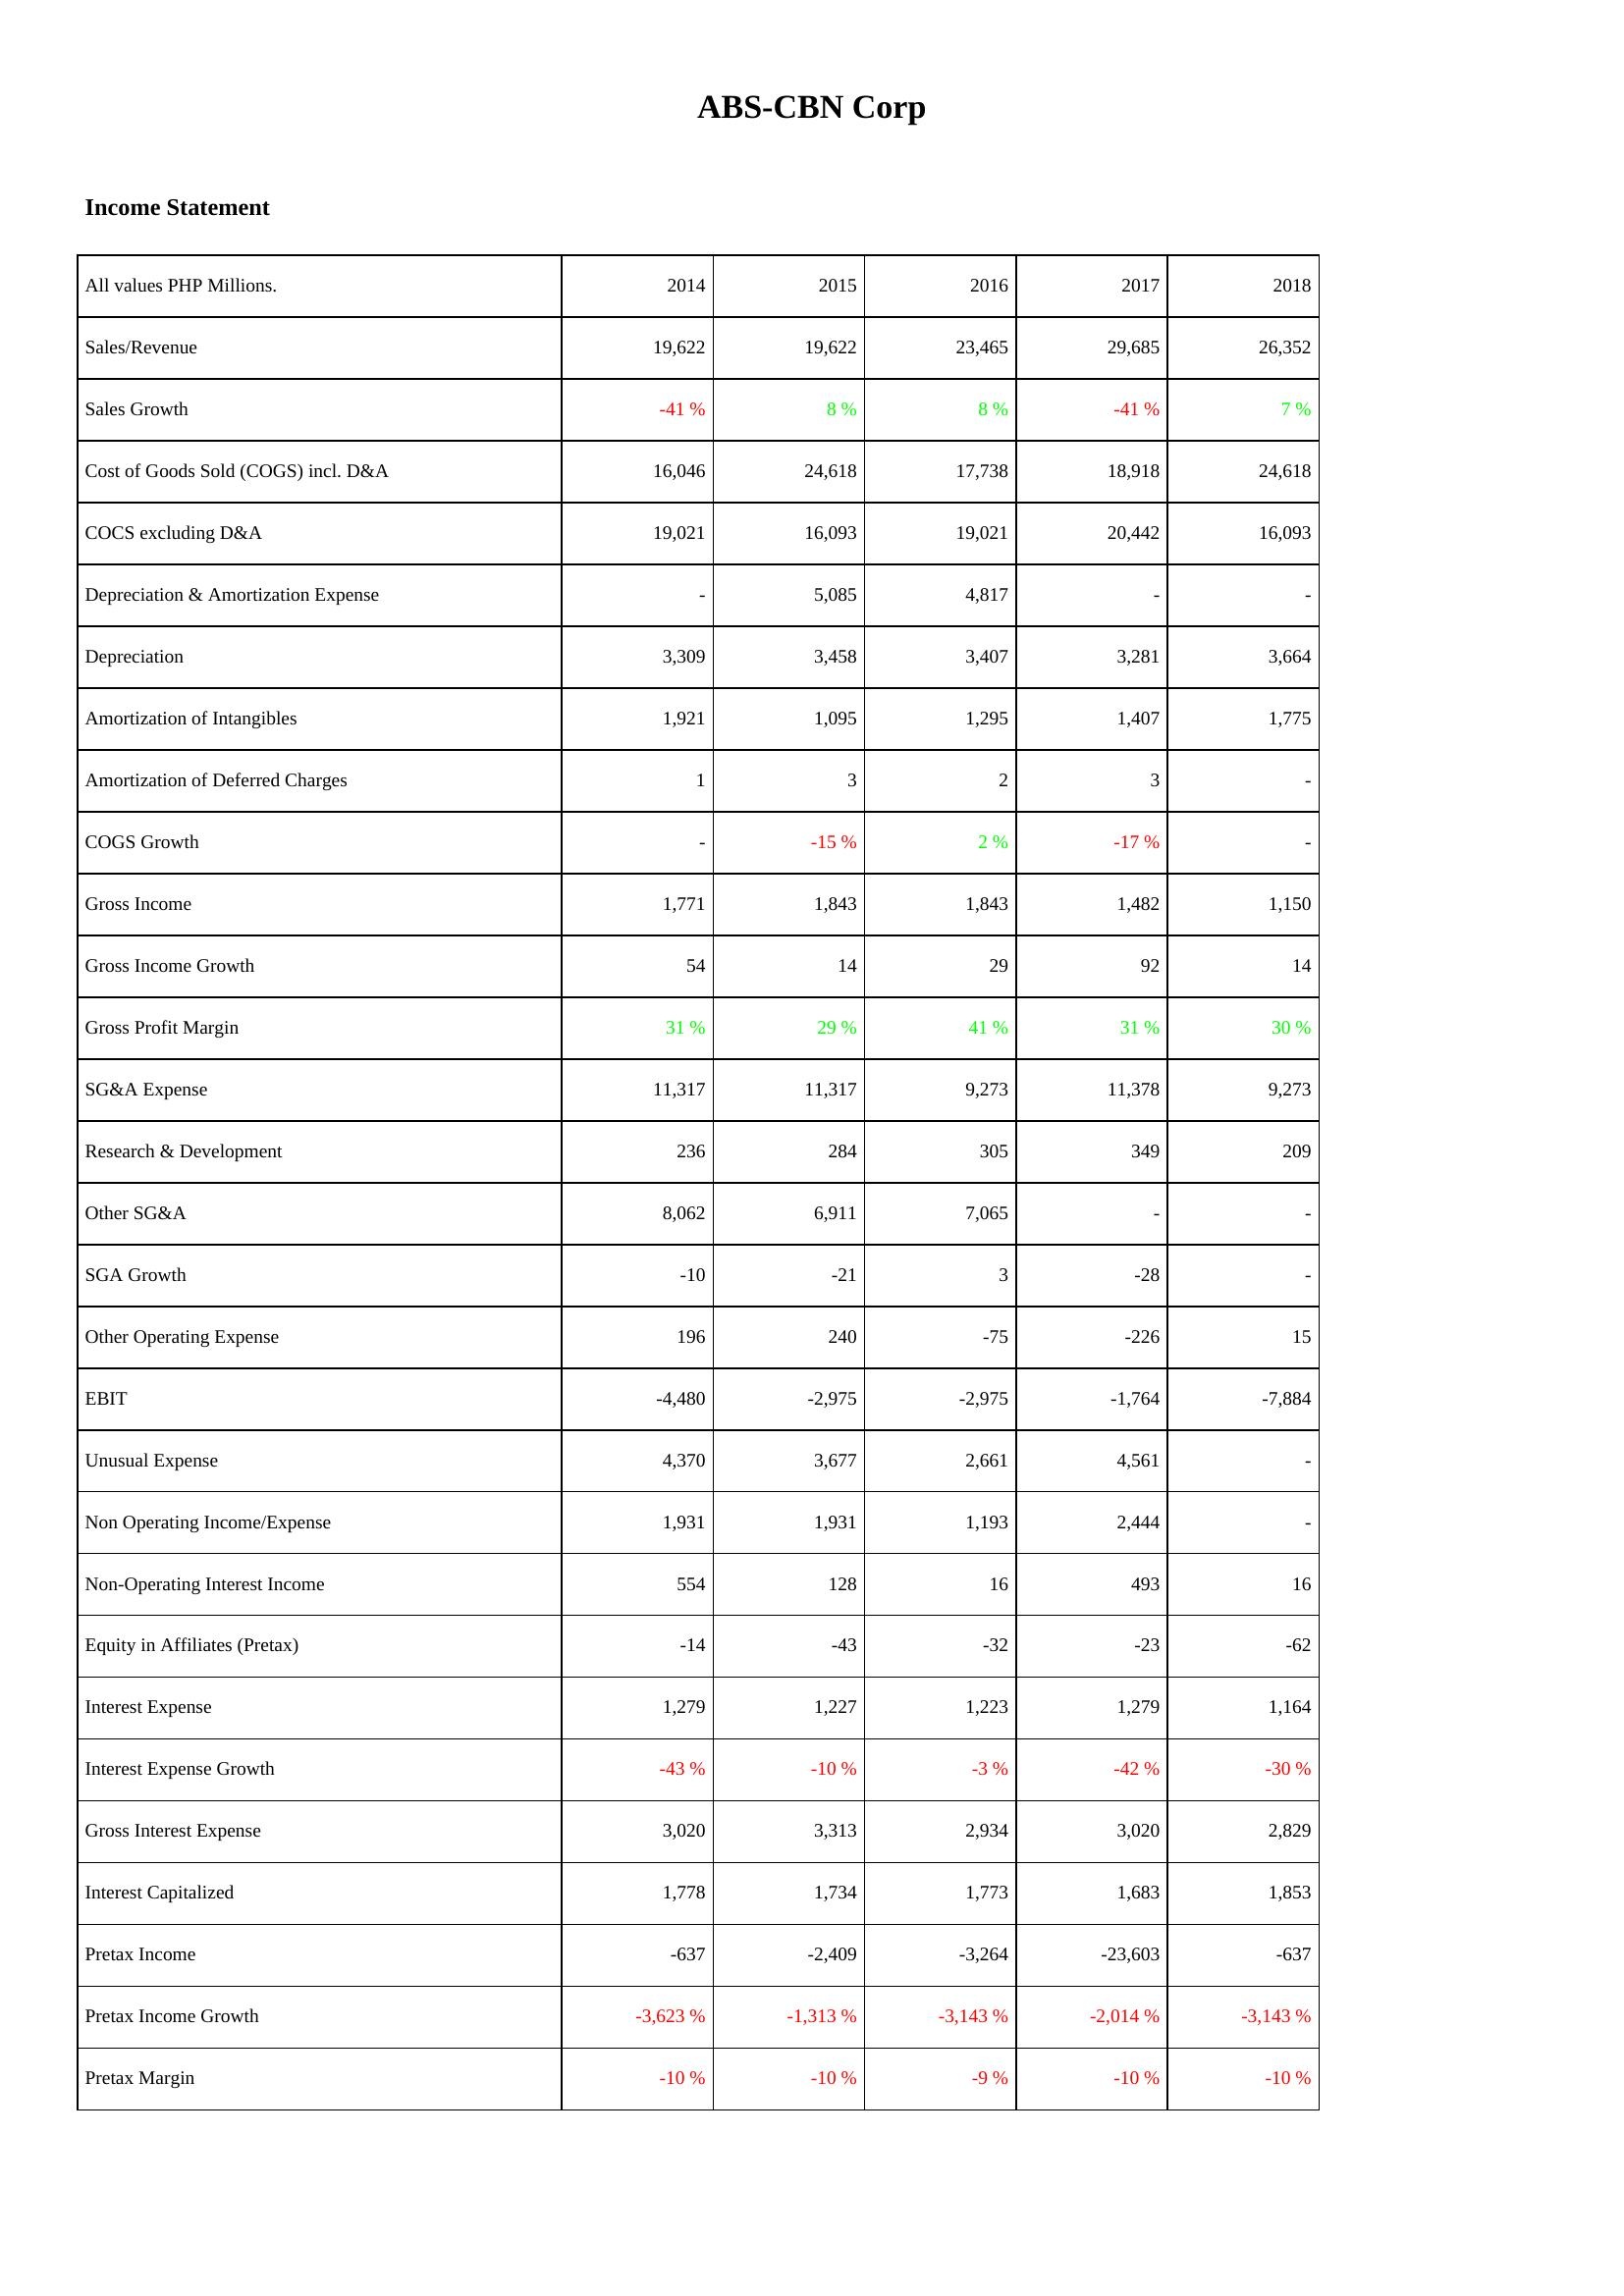
2014: Income Statement: Sales/Revenue: 19,622
Sales Growth: -41 %
Cost of Goods Sold (COGS) incl. D&A: 16,046
COCS excluding D&A: 19,021
Depreciation & Amortization Expense: -
Depreciation: 3,309
Amortization of Intangibles: 1,921
Amortization of Deferred Charges: 1
COGS Growth: -
Gross Income: 1,771
Gross Income Growth: 54
Gross Profit Margin: 31 %
SG&A Expense: 11,317
Research & Development: 236
Other SG&A: 8,062
SGA Growth: -10
Other Operating Expense: 196
EBIT: -4,480
Unusual Expense: 4,370
Non Operating Income/Expense: 1,931
Non-Operating Interest Income: 554
Equity in Affiliates (Pretax): -14
Interest Expense: 1,279
Interest Expense Growth: -43 %
Gross Interest Expense: 3,020
Interest Capitalized: 1,778
Pretax Income: -637
Pretax Income Growth: -3,623 %
Pretax Margin: -10 %
2015: Income Statement: Sales/Revenue: 19,622
Sales Growth: 8 %
Cost of Goods Sold (COGS) incl. D&A: 24,618
COCS excluding D&A: 16,093
Depreciation & Amortization Expense: 5,085
Depreciation: 3,458
Amortization of Intangibles: 1,095
Amortization of Deferred Charges: 3
COGS Growth: -15 %
Gross Income: 1,843
Gross Income Growth: 14
Gross Profit Margin: 29 %
SG&A Expense: 11,317
Research & Development: 284
Other SG&A: 6,911
SGA Growth: -21
Other Operating Expense: 240
EBIT: -2,975
Unusual Expense: 3,677
Non Operating Income/Expense: 1,931
Non-Operating Interest Income: 128
Equity in Affiliates (Pretax): -43
Interest Expense: 1,227
Interest Expense Growth: -10 %
Gross Interest Expense: 3,313
Interest Capitalized: 1,734
Pretax Income: -2,409
Pretax Income Growth: -1,313 %
Pretax Margin: -10 %
2016: Income Statement: Sales/Revenue: 23,465
Sales Growth: 8 %
Cost of Goods Sold (COGS) incl. D&A: 17,738
COCS excluding D&A: 19,021
Depreciation & Amortization Expense: 4,817
Depreciation: 3,407
Amortization of Intangibles: 1,295
Amortization of Deferred Charges: 2
COGS Growth: 2 %
Gross Income: 1,843
Gross Income Growth: 29
Gross Profit Margin: 41 %
SG&A Expense: 9,273
Research & Development: 305
Other SG&A: 7,065
SGA Growth: 3
Other Operating Expense: -75
EBIT: -2,975
Unusual Expense: 2,661
Non Operating Income/Expense: 1,193
Non-Operating Interest Income: 16
Equity in Affiliates (Pretax): -32
Interest Expense: 1,223
Interest Expense Growth: -3 %
Gross Interest Expense: 2,934
Interest Capitalized: 1,773
Pretax Income: -3,264
Pretax Income Growth: -3,143 %
Pretax Margin: -9 %
2017: Income Statement: Sales/Revenue: 29,685
Sales Growth: -41 %
Cost of Goods Sold (COGS) incl. D&A: 18,918
COCS excluding D&A: 20,442
Depreciation & Amortization Expense: -
Depreciation: 3,281
Amortization of Intangibles: 1,407
Amortization of Deferred Charges: 3
COGS Growth: -17 %
Gross Income: 1,482
Gross Income Growth: 92
Gross Profit Margin: 31 %
SG&A Expense: 11,378
Research & Development: 349
Other SG&A: -
SGA Growth: -28
Other Operating Expense: -226
EBIT: -1,764
Unusual Expense: 4,561
Non Operating Income/Expense: 2,444
Non-Operating Interest Income: 493
Equity in Affiliates (Pretax): -23
Interest Expense: 1,279
Interest Expense Growth: -42 %
Gross Interest Expense: 3,020
Interest Capitalized: 1,683
Pretax Income: -23,603
Pretax Income Growth: -2,014 %
Pretax Margin: -10 %
2018: Income Statement: Sales/Revenue: 26,352
Sales Growth: 7 %
Cost of Goods Sold (COGS) incl. D&A: 24,618
COCS excluding D&A: 16,093
Depreciation & Amortization Expense: -
Depreciation: 3,664
Amortization of Intangibles: 1,775
Amortization of Deferred Charges: -
COGS Growth: -
Gross Income: 1,150
Gross Income Growth: 14
Gross Profit Margin: 30 %
SG&A Expense: 9,273
Research & Development: 209
Other SG&A: -
SGA Growth: -
Other Operating Expense: 15
EBIT: -7,884
Unusual Expense: -
Non Operating Income/Expense: -
Non-Operating Interest Income: 16
Equity in Affiliates (Pretax): -62
Interest Expense: 1,164
Interest Expense Growth: -30 %
Gross Interest Expense: 2,829
Interest Capitalized: 1,853
Pretax Income: -637
Pretax Income Growth: -3,143 %
Pretax Margin: -10 %